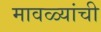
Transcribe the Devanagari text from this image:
मावळ्यांची